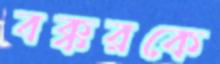
বক্করকে